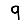
Digit: 9